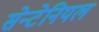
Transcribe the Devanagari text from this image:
सेन्टेनियल